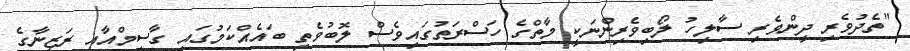
"ތެދުވެރި ދީންވެރި ސާލިހު ލޯބިވެރިންނަކީ މާތްގެ ހަސްރަތުގައިވެސް ލޮބުވެތި ބައެއްކަމުގައި ގާސިމްއާއި ރަޒީނާގެ